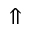
\Uparrow